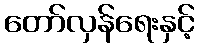
တော်လှန်ရေးနှင့်